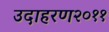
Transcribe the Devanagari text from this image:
उदाहरण२०११